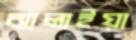
ঝালাইয়া